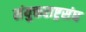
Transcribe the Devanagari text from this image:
संयुक्तराष्ट्रसंघ